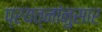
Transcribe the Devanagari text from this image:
प्रयत्नांनुसार